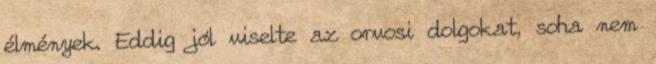
élmények. Eddig jól viselte az orvosi dolgokat, soha nem